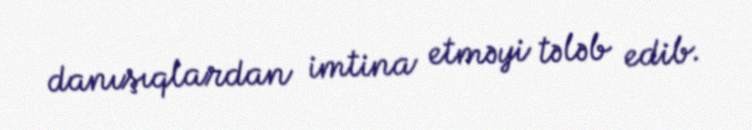
danışıqlardan imtina etməyi tələb edib.